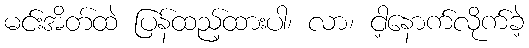
မင်းအိတ်ထဲ ပြန်ထည့်ထားပါ၊ လာ၊ ငါ့နောက်လိုက်ခဲ့